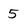
Character: 5